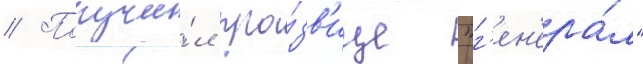
// Получи́л про́зв'ище "г'ен'ера́л"